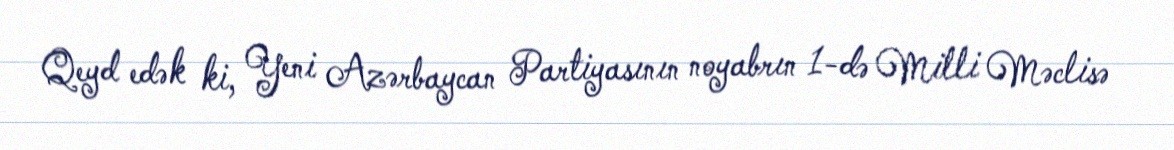
Qeyd edək ki, Yeni Azərbaycan Partiyasının noyabrın 1-də Milli Məclisə